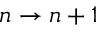
n \rightarrow n + 1